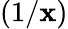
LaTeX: (1/\mathbf{x})